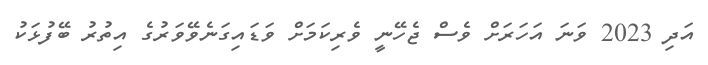
އަދި 2023 ވަނަ އަހަރަށް ވެސް ޖެހޭނީ ވެރިކަމަށް ވަޑައިގަނެވޭވަރުގެ އިތުރު ބޭފުޅަކު